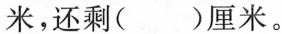
米，还剩( )厘米。